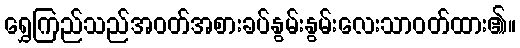
ရွှေကြည်သည်အဝတ်အစားခပ်နွမ်းနွမ်းလေးသာဝတ်ထား၏။